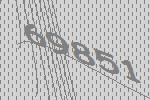
69851